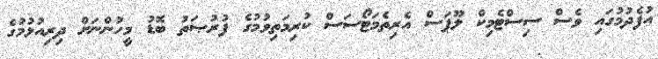
އުފެދުމުގައި ވެސް ސިސްޓެމިކް ލޫޕަސް އެރިތެމަޓޯސަސް ކުރިމަތިވުމުގެ ފުރުޞަތު ބޮޑު މީހުންނަށް ދިރިއުޅުމުގެ